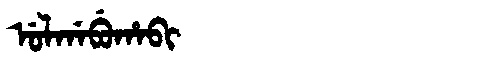
Manchu: ᡠᠯᡤᠠᠪᡠᡥᠠᠪᡳ
Romanization: ULGABUHABI